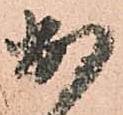
出